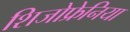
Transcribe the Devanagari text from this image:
शिजोफ्रेनिया